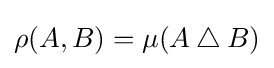
\rho (A,B)=\mu (A\mathbin {\triangle } B)